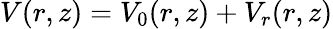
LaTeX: V(r,z)=V_{0}(r,z)+V_{r}(r,z)